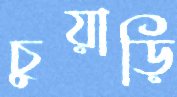
চুয়াড়ি